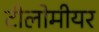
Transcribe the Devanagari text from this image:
टीलोमीयर